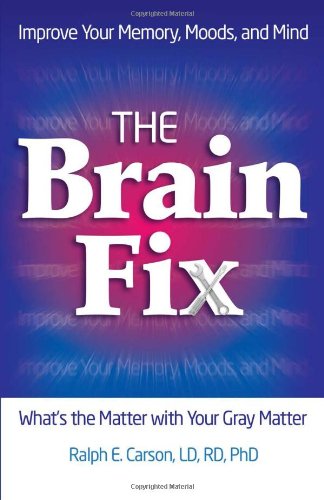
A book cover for The Brain Fix: What's the Matter with Your Gray Matter: Improve Your Memory, Moods, and Mind; Ralph E. Carson  LD  RD  PhD; Self-Help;